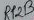
Text: R12B